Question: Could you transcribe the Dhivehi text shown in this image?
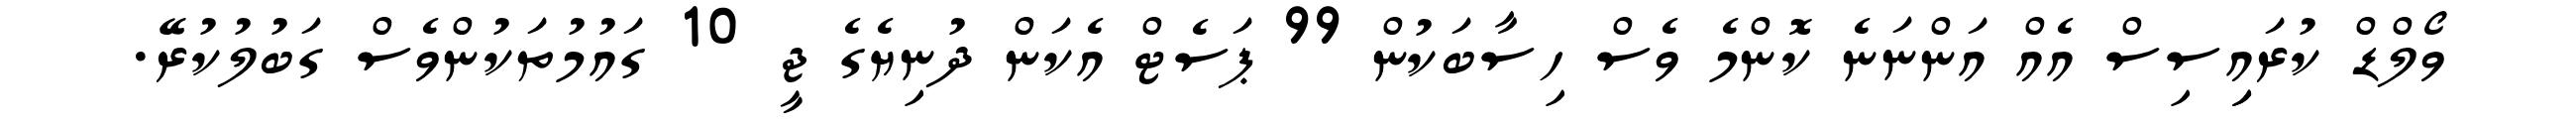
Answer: ވޯލްޑް ކުރައިިސިސް އެއް އަންނަނެ ކޮންމެ ވެސް ހިސާބަކުން 99 ޕަސެޓް އެކަން ދުނިޔެގެ ޖީ 10 ގައުމުތަކުންވެސް ގަބުލުކުރޭ.